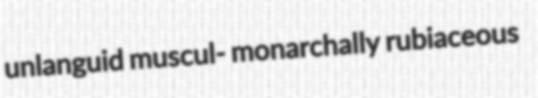
unlanguid muscul- monarchally rubiaceous